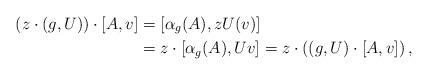
LaTeX: \begin{align*}(z \cdot (g, U)) \cdot [A,v] &= [\alpha_g(A), z U(v)] \\& = z \cdot [\alpha_g(A), Uv] = z \cdot \left( (g, U) \cdot [A,v]\right),\end{align*}